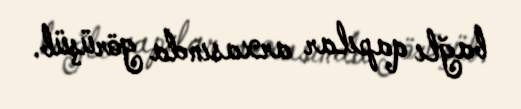
bağlı qapılar arxasında görüşüb.